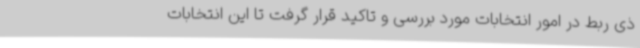
ذی ربط در امور انتخابات مورد بررسی و تاکید قرار گرفت تا این انتخابات